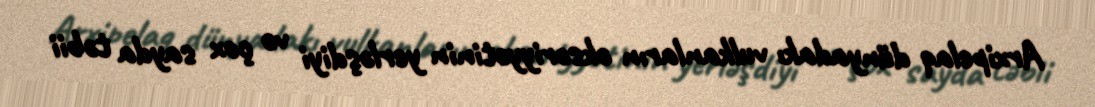
Arxipelaq dünyadakı vulkanların əksəriyyətinin yerləşdiyi və çox sayda təbii